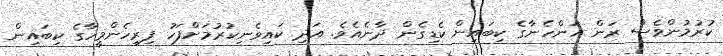
ކުރުމުންވެސް ރަން އަންހެނާގެ ކިބައިން ކެޑިގެން ދާނެއެވެ. އަދި ކައިވެނިކުރުމަށްފަހު ފިރިހެންމީހާގެ ކިބައިން